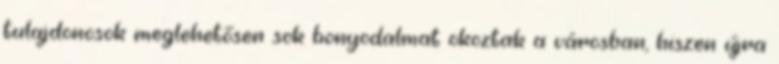
tulajdonosok meglehetősen sok bonyodalmat okoztak a városban, hiszen újra